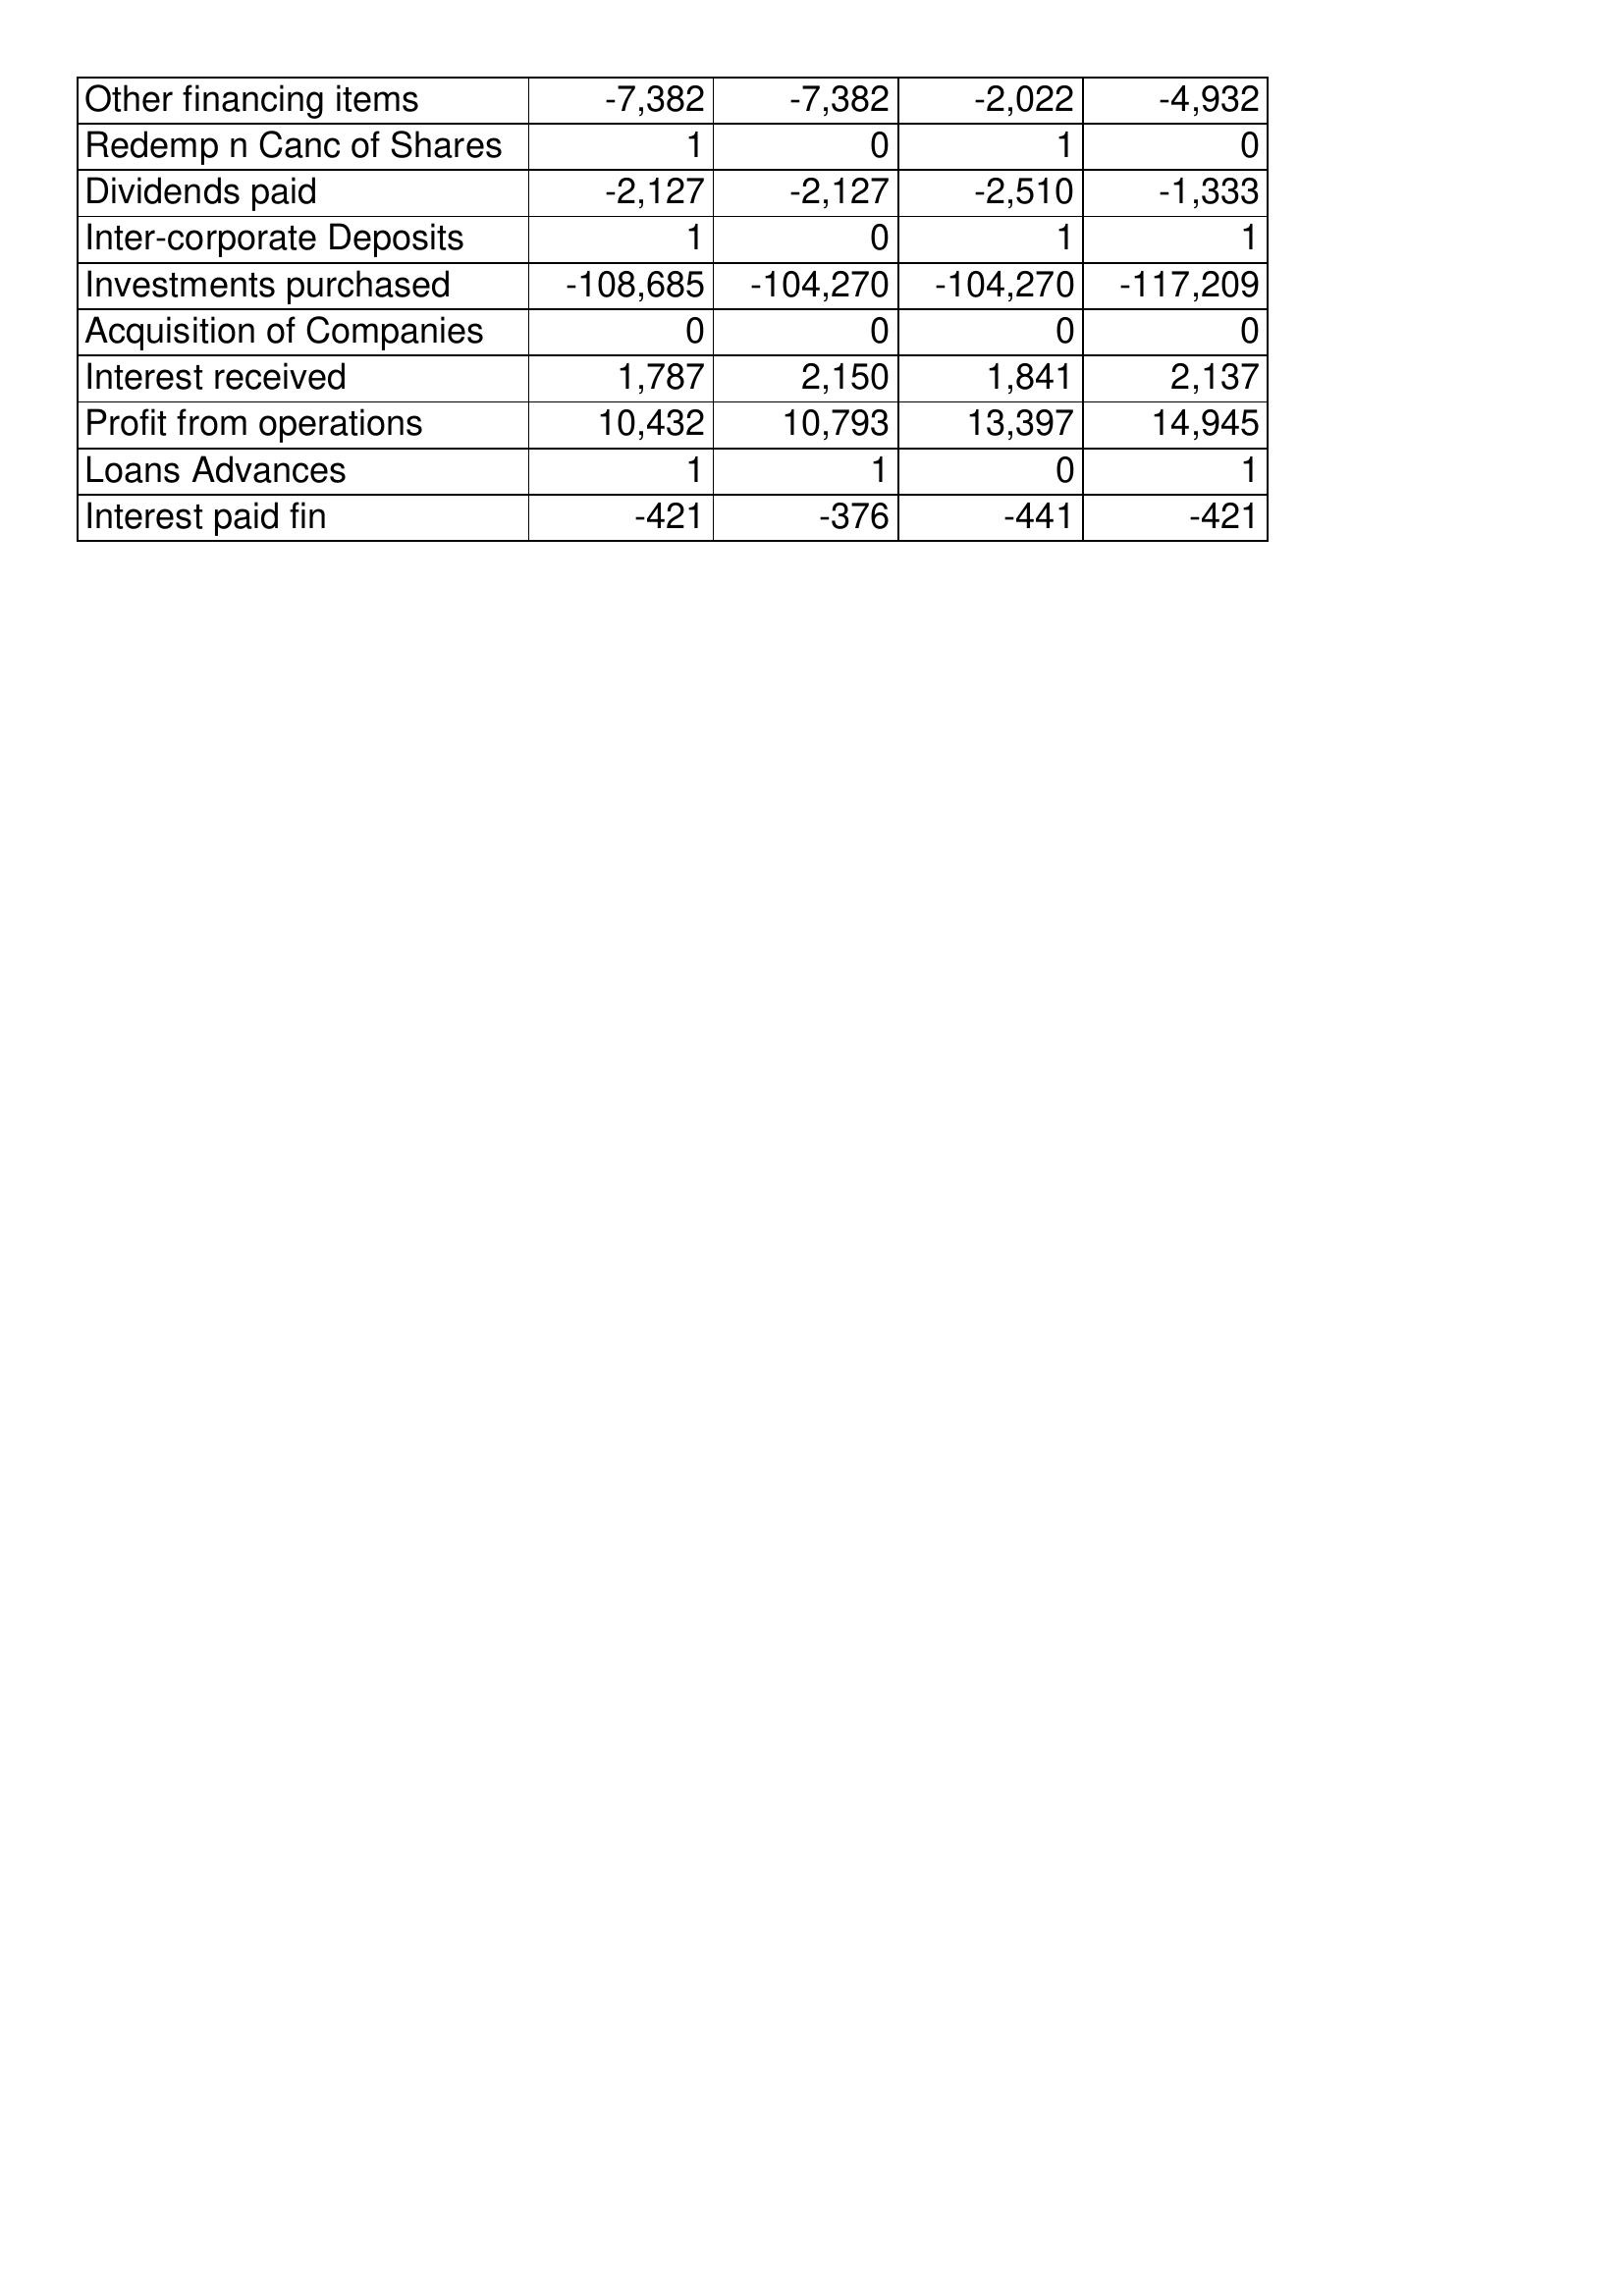
May-12: Cash Flows: Other financing items: -7,382
Redemp n Canc of Shares: 1
Dividends paid: -2,127
Inter-corporate Deposits: 1
Investments purchased: -108,685
Acquisition of Companies: 0
Interest received: 1,787
Profit from operations: 10,432
Loans Advances: 1
Interest paid fin: -421
May-11: Cash Flows: Other financing items: -7,382
Redemp n Canc of Shares: 0
Dividends paid: -2,127
Inter-corporate Deposits: 0
Investments purchased: -104,270
Acquisition of Companies: 0
Interest received: 2,150
Profit from operations: 10,793
Loans Advances: 1
Interest paid fin: -376
May-10: Cash Flows: Other financing items: -2,022
Redemp n Canc of Shares: 1
Dividends paid: -2,510
Inter-corporate Deposits: 1
Investments purchased: -104,270
Acquisition of Companies: 0
Interest received: 1,841
Profit from operations: 13,397
Loans Advances: 0
Interest paid fin: -441
May-09: Cash Flows: Other financing items: -4,932
Redemp n Canc of Shares: 0
Dividends paid: -1,333
Inter-corporate Deposits: 1
Investments purchased: -117,209
Acquisition of Companies: 0
Interest received: 2,137
Profit from operations: 14,945
Loans Advances: 1
Interest paid fin: -421